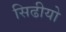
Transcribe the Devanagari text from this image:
सिढीयो